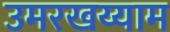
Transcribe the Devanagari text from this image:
उमरखय्याम